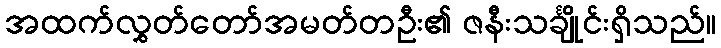
အထက်လွှတ်တော်အမတ်တဦး၏ ဇနီးသင်္ချိုင်းရှိသည်။